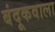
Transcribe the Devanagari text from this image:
बंदूकवाला